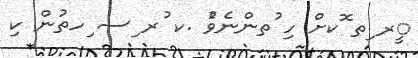
ީރ ިތ ޮކށް ހި ުތންނެވެު .ކ ުރ ިސ ިހތުން ކި